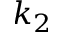
k _ { 2 }